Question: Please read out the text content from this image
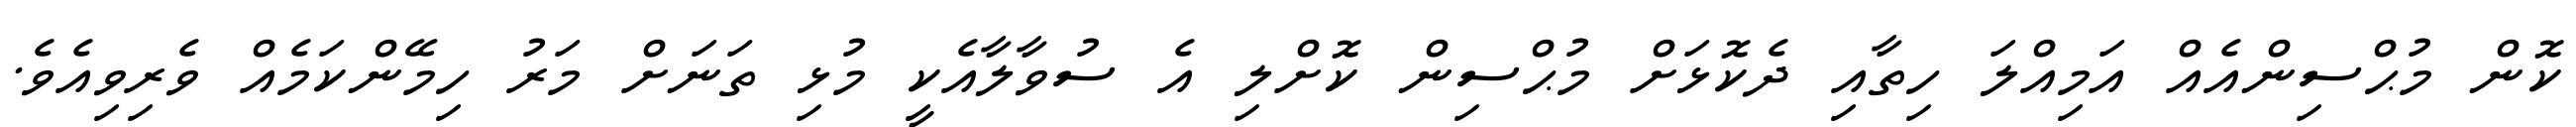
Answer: ކޮން މުޙްސިންއެއް އަމިއްލަ ހިތާއި ދެކޮޅަށް މުޙްސިން ކޮށްލި އެ ސުވާލާއެކީ މުޅި ތަނަށް މަރު ހިމޭންކަމެއް ވެރިވިއެވެ.